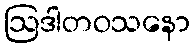
ဩဒါတဝသနော